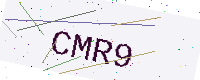
Text: CMR9